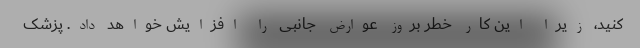
کنید، زیرا این کار خطر بروز عوارض جانبی را افزایش خواهد داد. پزشک